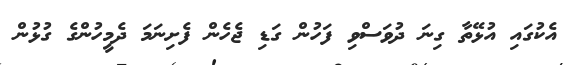
އެކުގައި އުޅޭތާ ގިނަ ދުވަސްވި ފަހުން ގަޑި ޖެހެން ފެށިނަމަ ދެމީހުންގެ ގުޅުން